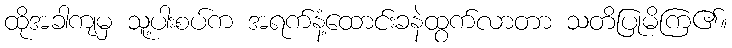
ထိုအခါကျမှ သူ့ပါးစပ်က အရက်နံ့ထောင်းခနဲထွက်လာတာ သတိပြုမိကြ၏။